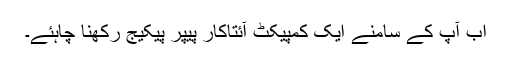
اب آپ کے سامنے ایک کمپیکٹ آئتاکار پیپر پیکیج رکھنا چاہئے۔